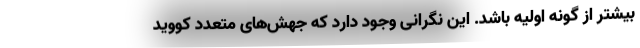
بیشتر از گونه اولیه باشد. این نگرانی وجود دارد که جهش‌های متعدد کووید